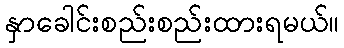
နှာခေါင်းစည်းစည်းထားရမယ်။